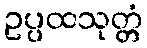
ဥပ္ပထသုတ္တံ